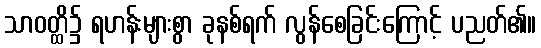
သာဝတ္ထိ၌ ရဟန်းများစွာ ခုနစ်ရက် လွန်စေခြင်းကြောင့် ပညတ်၏။